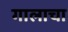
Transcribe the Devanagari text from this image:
गालाचा